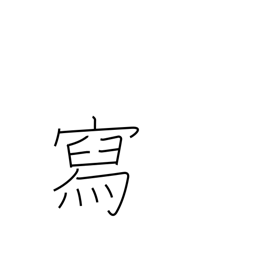
Meaning: describe